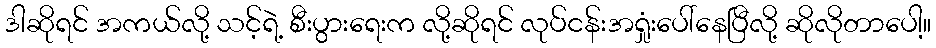
ဒါဆိုရင် အကယ်လို့ သင့်ရဲ့ စီးပွားရေးက လို့ဆိုရင် လုပ်ငန်းအရှုံးပေါ်နေပြီလို့ ဆိုလိုတာပေါ့။